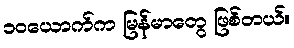
၁၀ယောက်က မြန်မာတွေ ဖြစ်တယ်။